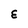
Character: E